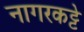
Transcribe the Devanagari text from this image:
नागरकट्टे